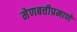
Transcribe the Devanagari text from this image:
मेणबत्तीप्रमाणे